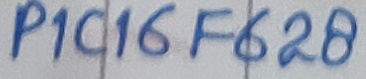
Text: PIC16F628